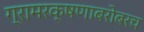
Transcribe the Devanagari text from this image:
ग्रामरक्षणाबरोबरच